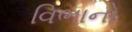
વિભાનો